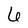
Character: 6